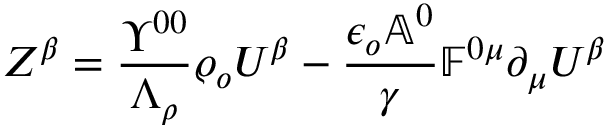
Z ^ { \beta } = \frac { \Upsilon ^ { 0 0 } } { \Lambda _ { \rho } } \varrho _ { o } U ^ { \beta } - \frac { \epsilon _ { o } \mathbb { A } ^ { 0 } } { \gamma } \mathbb { F } ^ { 0 \mu } \partial _ { \mu } U ^ { \beta }